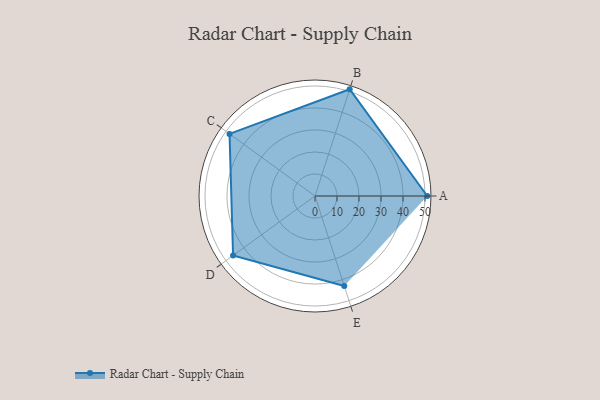
{"axis": {"x": "Skill", "y": "Score"}, "legend": ["Profile"], "data": [{"x": "A", "y": 51.0, "type": "Profile"}, {"x": "B", "y": 51.0, "type": "Profile"}, {"x": "C", "y": 48.0, "type": "Profile"}, {"x": "D", "y": 46.0, "type": "Profile"}, {"x": "E", "y": 43.0, "type": "Profile"}]}